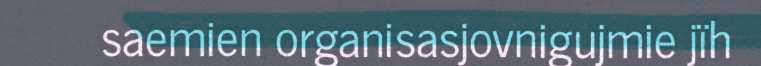
saemien organisasjovnigujmie jïh